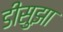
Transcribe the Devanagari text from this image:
डीसुझा